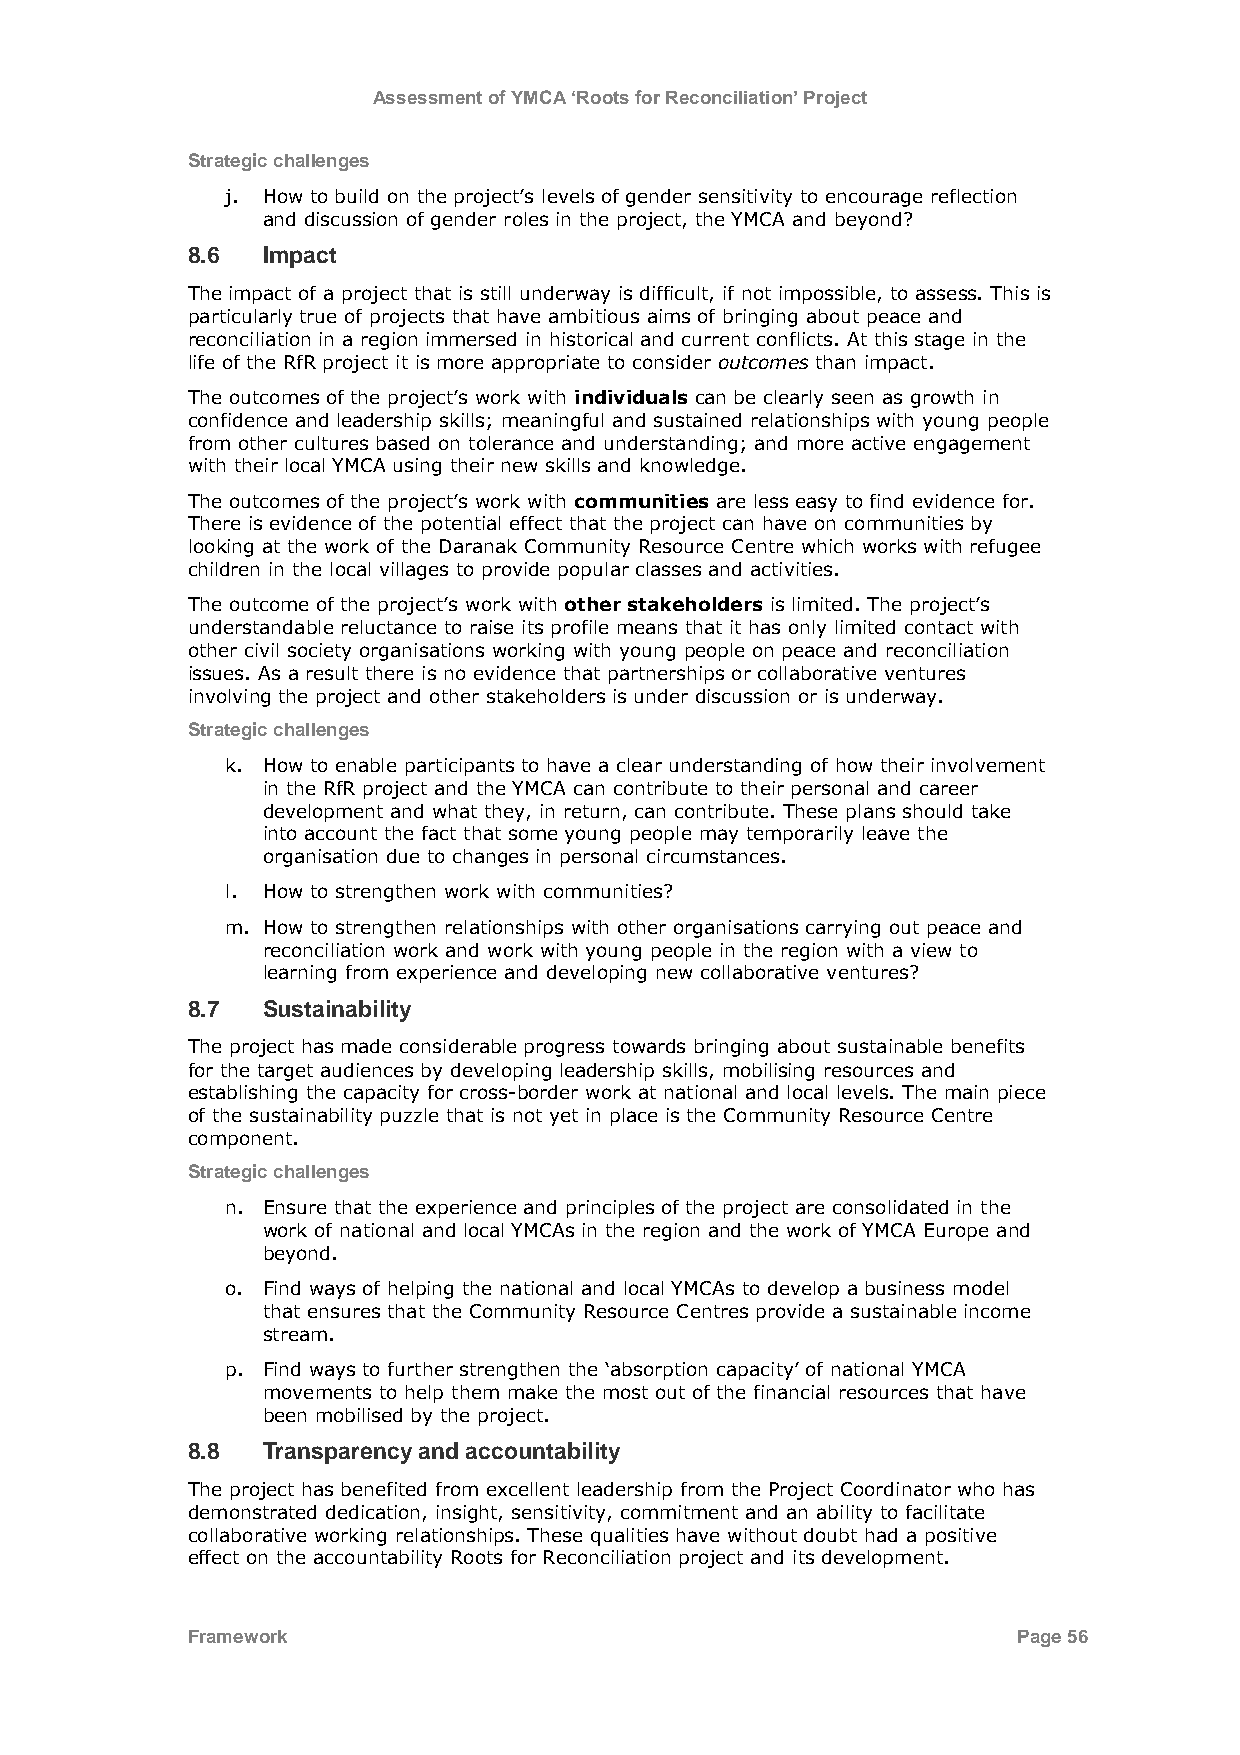
Assessment of YMCA ‘Roots for Reconciliation’ Project
 Strategic challenges
 j. How to build on the project‟s levels of gender sensitivity to encourage reflection
 and discussion of gender roles in the project, the YMCA and beyond?
 8.6  Impact
 The impact of a project that is still underway is difficult, if not impossible, to assess. This is
 particularly true of projects that have ambitious aims of bringing about peace and
 reconciliation in a region immersed in historical and current conflicts. At this stage in the
 life of the RfR project it is more appropriate to consider outcomes than impact.
 The outcomes of the project‟s work with individuals can be clearly seen as growth in
 confidence and leadership skills; meaningful and sustained relationships with young people
 from other cultures based on tolerance and understanding; and more active engagement
 with their local YMCA using their new skills and knowledge.
 The outcomes of the project‟s work with communities are less easy to find evidence for.
 There is evidence of the potential effect that the project can have on communities by
 looking at the work of the Daranak Community Resource Centre which works with refugee
 children in the local villages to provide popular classes and activities.
 The outcome of the project‟s work with other stakeholders is limited. The project‟s
 understandable reluctance to raise its profile means that it has only limited contact with
 other civil society organisations working with young people on peace and reconciliation
 issues. As a result there is no evidence that partnerships or collaborative ventures
 involving the project and other stakeholders is under discussion or is underway.
 Strategic challenges
 k. How to enable participants to have a clear understanding of how their involvement
 in the RfR project and the YMCA can contribute to their personal and career
 development and what they, in return, can contribute. These plans should take
 into account the fact that some young people may temporarily leave the
 organisation due to changes in personal circumstances.
 l. How to strengthen work with communities?
 m. How to strengthen relationships with other organisations carrying out peace and
 reconciliation work and work with young people in the region with a view to
 learning from experience and developing new collaborative ventures?
 8.7  Sustainability
 The project has made considerable progress towards bringing about sustainable benefits
 for the target audiences by developing leadership skills, mobilising resources and
 establishing the capacity for cross-border work at national and local levels. The main piece
 of the sustainability puzzle that is not yet in place is the Community Resource Centre
 component.
 Strategic challenges
 n. Ensure that the experience and principles of the project are consolidated in the
 work of national and local YMCAs in the region and the work of YMCA Europe and
 beyond.
 o. Find ways of helping the national and local YMCAs to develop a business model
 that ensures that the Community Resource Centres provide a sustainable income
 stream.
 p. Find ways to further strengthen the „absorption capacity‟ of national YMCA
 movements to help them make the most out of the financial resources that have
 been mobilised by the project.
 8.8  Transparency and accountability
 The project has benefited from excellent leadership from the Project Coordinator who has
 demonstrated dedication, insight, sensitivity, commitment and an ability to facilitate
 collaborative working relationships. These qualities have without doubt had a positive
 effect on the accountability Roots for Reconciliation project and its development.
 Framework                                              Page 56